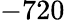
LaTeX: -720